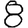
Digit: 8